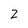
Character: 2